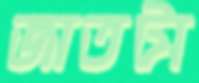
জাতটা